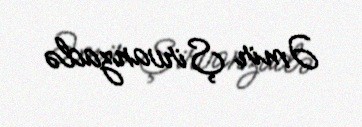
Əmir Şirvanzadə